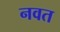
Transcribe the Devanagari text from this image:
नवत